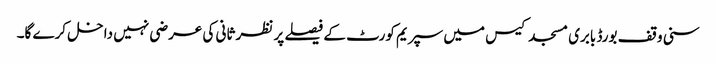
سنی وقف بورڈ بابری مسجد کیس میں سپریم کورٹ کے فیصلے پر نظر ثانی کی عرضی نہیں داخل کرے گا۔